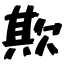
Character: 欺